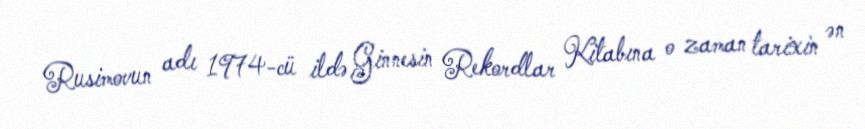
Rusimovun adı 1974-cü ildə Ginnesin Rekordlar Kitabına o zaman tarixin ən